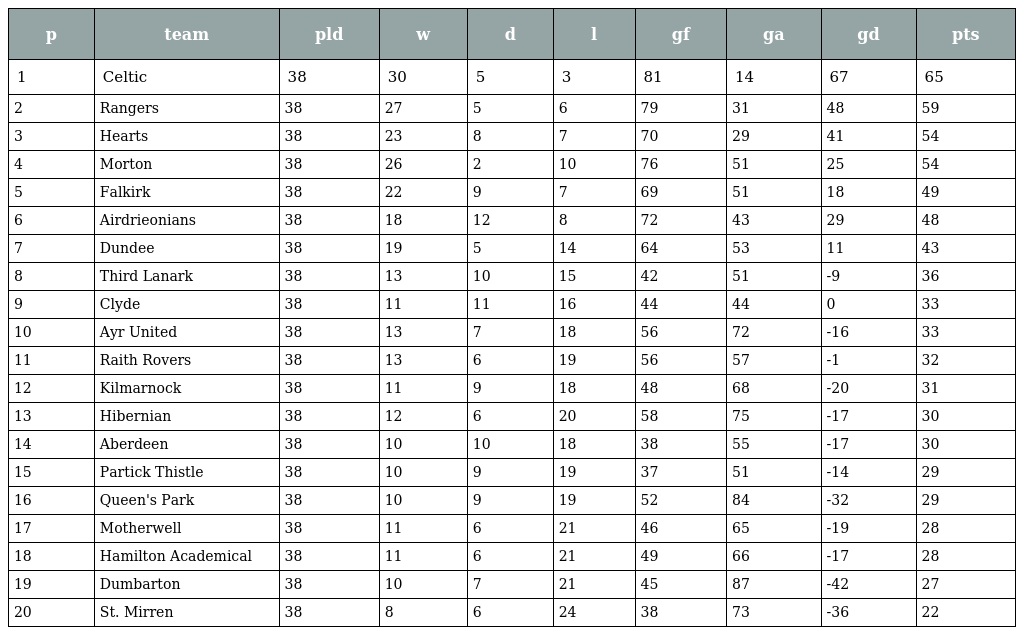
| p | team | pld | w | d | l | gf | ga | gd | pts |
 | --- | --- | --- | --- | --- | --- | --- | --- | --- | --- |
 | 1 | Celtic | 38 | 30 | 5 | 3 | 81 | 14 | 67 | 65 |
 | 2 | Rangers | 38 | 27 | 5 | 6 | 79 | 31 | 48 | 59 |
 | 3 | Hearts | 38 | 23 | 8 | 7 | 70 | 29 | 41 | 54 |
 | 4 | Morton | 38 | 26 | 2 | 10 | 76 | 51 | 25 | 54 |
 | 5 | Falkirk | 38 | 22 | 9 | 7 | 69 | 51 | 18 | 49 |
 | 6 | Airdrieonians | 38 | 18 | 12 | 8 | 72 | 43 | 29 | 48 |
 | 7 | Dundee | 38 | 19 | 5 | 14 | 64 | 53 | 11 | 43 |
 | 8 | Third Lanark | 38 | 13 | 10 | 15 | 42 | 51 | -9 | 36 |
 | 9 | Clyde | 38 | 11 | 11 | 16 | 44 | 44 | 0 | 33 |
 | 10 | Ayr United | 38 | 13 | 7 | 18 | 56 | 72 | -16 | 33 |
 | 11 | Raith Rovers | 38 | 13 | 6 | 19 | 56 | 57 | -1 | 32 |
 | 12 | Kilmarnock | 38 | 11 | 9 | 18 | 48 | 68 | -20 | 31 |
 | 13 | Hibernian | 38 | 12 | 6 | 20 | 58 | 75 | -17 | 30 |
 | 14 | Aberdeen | 38 | 10 | 10 | 18 | 38 | 55 | -17 | 30 |
 | 15 | Partick Thistle | 38 | 10 | 9 | 19 | 37 | 51 | -14 | 29 |
 | 16 | Queen's Park | 38 | 10 | 9 | 19 | 52 | 84 | -32 | 29 |
 | 17 | Motherwell | 38 | 11 | 6 | 21 | 46 | 65 | -19 | 28 |
 | 18 | Hamilton Academical | 38 | 11 | 6 | 21 | 49 | 66 | -17 | 28 |
 | 19 | Dumbarton | 38 | 10 | 7 | 21 | 45 | 87 | -42 | 27 |
 | 20 | St. Mirren | 38 | 8 | 6 | 24 | 38 | 73 | -36 | 22 |